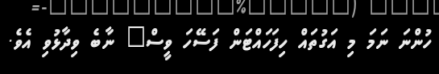
ހުންނަ ނަމަ މި އަގުތައް ހިފަހައްޓަން ފަސޭހަ ވީސް" ނާބެ ވިދާޅުވި އެވެ.